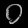
Digit: ၀